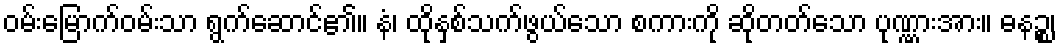
ဝမ်းမြောက်ဝမ်းသာ ရွက်ဆောင်၏။ နံ၊ ထိုနှစ်သက်ဖွယ်သော စကားကို ဆိုတတ်သော ပုဏ္ဏားအား။ ဓနဉ္စ၊